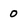
Character: 0